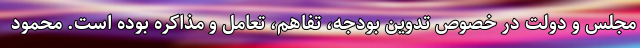
مجلس و دولت در خصوص تدوین بودجه، تفاهم، تعامل و مذاکره بوده است. محمود